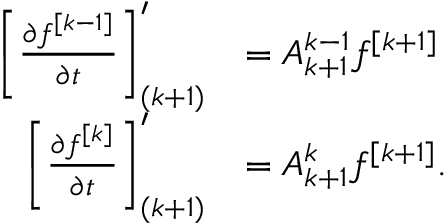
\begin{array} { r l } { \left[ \ensuremath { \frac { \partial f ^ { [ k - 1 ] } } { \partial t } } \right] _ { ( k + 1 ) } ^ { \prime } } & { = A _ { k + 1 } ^ { k - 1 } f ^ { [ k + 1 ] } } \\ { \left[ \ensuremath { \frac { \partial f ^ { [ k ] } } { \partial t } } \right] _ { ( k + 1 ) } ^ { \prime } } & { = A _ { k + 1 } ^ { k } f ^ { [ k + 1 ] } . } \end{array}